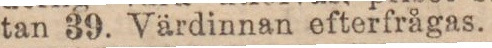
tan 39. Värdinnan efterfrågas.